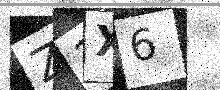
Text: Z3X6